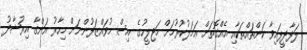
ލަފާދީފައިވާ ކަންތައްތަކާއި އެއްގޮތަށް ޢަމަލުކުރުމަށް މަޖިލީހުގެ އިސް މުވައްޒަފުންނަށް މިހާރު އަންގާ އިރުޝާދު